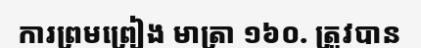
ការព្រមព្រៀង មាត្រា ១៦០. ត្រូវបាន